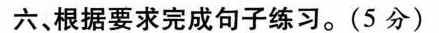
六、根据要求完成句子练习。(5分)